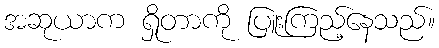
အဆုယာက ရှိုတာကို ပြူးကြည့်နေသည်။